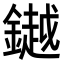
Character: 𨬓